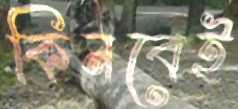
কিনবেই